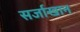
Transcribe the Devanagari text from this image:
सर्जाखान